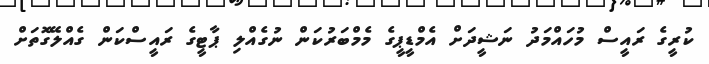
ކުރީގެ ރައީސް މުހައްމަދު ނަޝީދަށް އެމްޑީޕީގެ މެމްބަރުކަން ނުގެއްލި ޕާޓީގެ ރައީސްކަން ގެއްލޭގޮތަށް